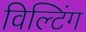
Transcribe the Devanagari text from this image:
विल्टिंग